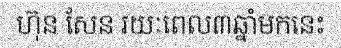
ហ៊ុន សែន រយៈពេល៣ឆ្នាំមកនេះ